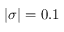
| \sigma | = 0 . 1